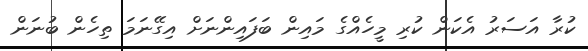
ކުރާ އަސަރު އެކަން ކުރި މީހެއްގެ މައިން ބަފައިންނަށް އިގޭނަމަ ތިހެން ބުނަން